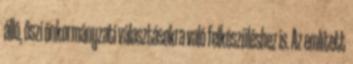
álló, őszi önkormányzati választásokra való felkészüléshez is. Az említett